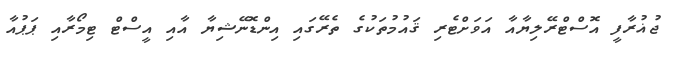
ޖުޣުރާފީ އޮސްޓްރޭލިޔާއާ އަވަށްޓެރި ޤައުމުތަކުގެ ތެރޭގައި އިންޑޮނޭޝިޔާ އާއި އީސްޓް ޓިމޯރާއި ޕަޕުއާ